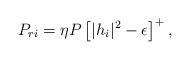
LaTeX: \begin{align*}P_{ri} = \eta P\left[|h_i|^2-\epsilon\right]^+,\end{align*}